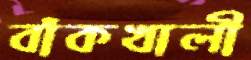
বাঁকখালী